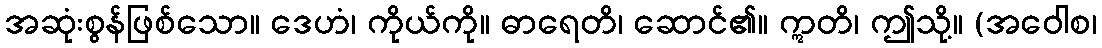
အဆုံးစွန်ဖြစ်သော။ ဒေဟံ၊ ကိုယ်ကို။ ဓာရေတိ၊ ဆောင်၏။ ဣတိ၊ ဤသို့။ (အဝေါစ၊